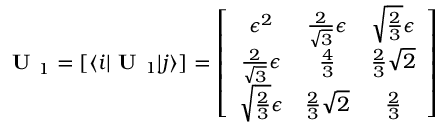
\textbf { U } _ { 1 } = [ \langle i | \textbf { U } _ { 1 } | j \rangle ] = \left[ \begin{array} { c c c } { { \epsilon ^ { 2 } } } & { { \frac { 2 } { \sqrt { 3 } } \epsilon } } & { { \sqrt { \frac { 2 } { 3 } } \epsilon } } \\ { { \frac { 2 } { \sqrt { 3 } } \epsilon } } & { { \frac { 4 } { 3 } } } & { { \frac { 2 } { 3 } \sqrt { 2 } } } \\ { { \sqrt { \frac { 2 } { 3 } } \epsilon } } & { { \frac { 2 } { 3 } \sqrt { 2 } } } & { { \frac { 2 } { 3 } } } \end{array} \right]